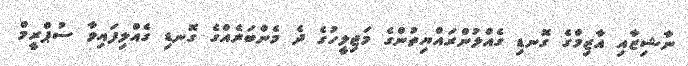
ނާޝިޒާއި އާޒިމްގެ ގޮނޑި ގެއްލުންރައްޔިތުންގެ މަޖިލީހުގެ ދެ މެންބަރެއްގެ ގޮނޑި ގެއްލިފައިވާ ސުޕްރީމް